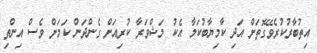
އިތުބާރުކުރެވޭގޮތަށް އަދި ކާމިޔާބުކަމާ އެކު މަޝްވަރާ ކުރިއަށް ގެންދަން ކަމަށް ވެސް އިންތި